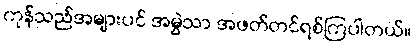
ကုန်သည်အများပင် အမွဲသာ အဖတ်တင်ရစ်ကြပါတယ်။